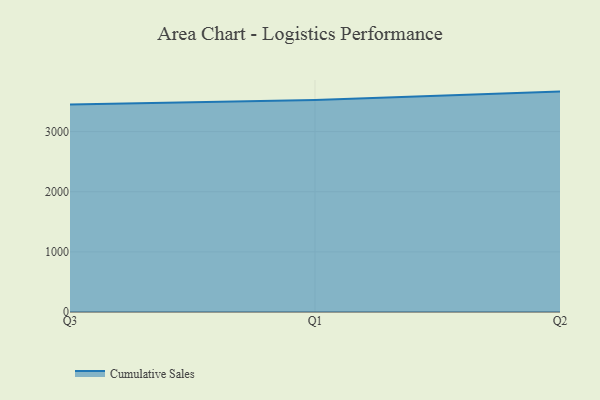
{"axis": {"x": "Quarter", "y": "Latency (ms)"}, "legend": ["Cumulative Sales"], "data": [{"x": "Q3", "y": 3448.6, "type": "Cumulative Sales"}, {"x": "Q1", "y": 3523.5, "type": "Cumulative Sales"}, {"x": "Q2", "y": 3664.0, "type": "Cumulative Sales"}]}